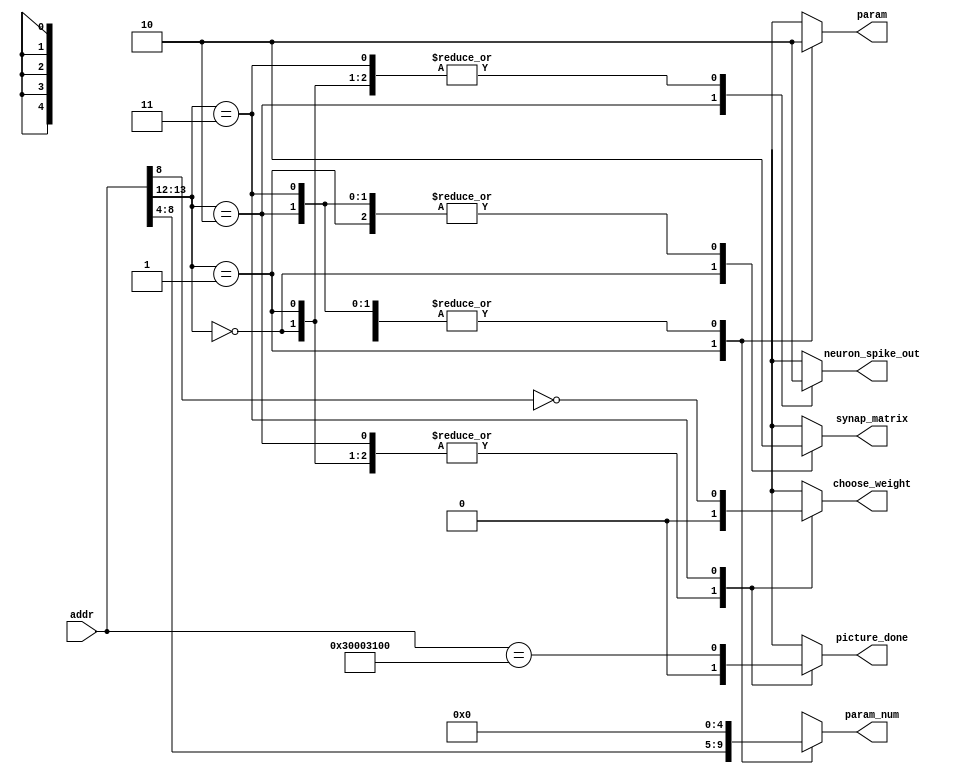
// Memory map
// synapse_matrix: 0x3000_0000 - 0x3000_03FF
// param0:         0x3000_1000 - 0x3000_100B
// ...
// param31:        0x3000_11F0 - 0x3000_11FB
// spike_out:      0x3000_2000 - 0x3000_2003
// choose_weight:  0x3000_3000 - 0x3000_303F
// done_pic:       0x3000_3100 


module address_decoder (
    input [31:0] addr,
    output reg synap_matrix,
    output reg [4:0] param_num,   // Will be valid only if address is in param range
    output reg neuron_spike_out,
    output reg param,
    output reg choose_weight,
    output reg picture_done
);

    parameter DONE_PIC_ADDR = 32'h30003100;

    always @(addr) begin
        // Default outputs to 0
        synap_matrix = 0;
        param = 0;
        param_num = 5'b0;
        neuron_spike_out = 0;
        picture_done = 0;
        choose_weight = 0;
        picture_done = 0;

        // Decode based on addr[13:12]
        case(addr[13:12])
            2'b00: synap_matrix = 1;
            2'b01: begin
                param = 1;
                param_num = addr[8:4];
            end
            2'b10:
                neuron_spike_out = 1;
            2'b11: begin
                choose_weight = (addr[8]==0);
                picture_done = (addr==DONE_PIC_ADDR);
            end
            
            default: ; // Do nothing, outputs remain 0
        endcase
    end

endmodule